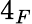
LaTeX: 4_{F}